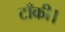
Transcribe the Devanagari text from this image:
टाँकी।